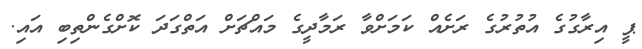
ޕީ އިރާގުގެ އުތުރުގެ ރަށެއް ކަމަށްވާ ރަމާދީގެ މައްޗަށް އަތްގަދަ ކޮށްގެންތިބި އައި.